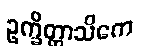
ဥက္ခိတ္တာသိကေ